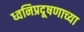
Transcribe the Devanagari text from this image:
ध्वनिप्रदूषणाच्या